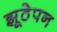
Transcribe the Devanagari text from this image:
झूठेपन